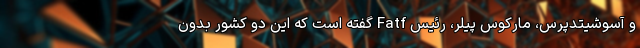
و آسوشیتدپرس، مارکوس پیلر، رئیس Fatf گفته است که این دو کشور بدون